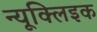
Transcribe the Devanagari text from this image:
न्यूक्‍लिइक